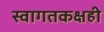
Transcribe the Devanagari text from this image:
स्वागतकक्षही